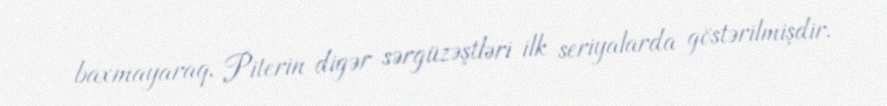
baxmayaraq, Piterin digər sərgüzəştləri ilk seriyalarda göstərilmişdir.